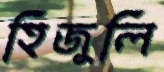
হিজুলি